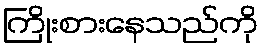
ကြိုးစားနေသည်ကို